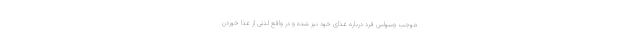
موجب وسواس فرد درباره غذای خود نیز شده و در واقع لذتی از غذا خوردن